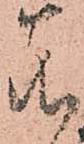
若